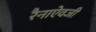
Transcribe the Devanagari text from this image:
रैनाऐवजी